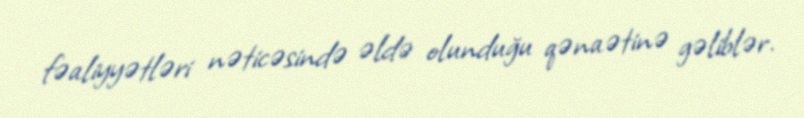
fəaliyyətləri nəticəsində əldə olunduğu qənaətinə gəliblər.